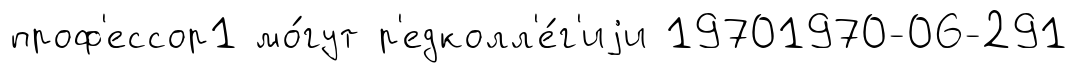
проф'ессор1 мо́гут р'едколл'е́г'иjи 19701970-06-291